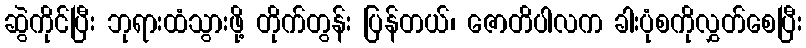
ဆွဲကိုင်ပြီး ဘုရားထံသွားဖို့ တိုက်တွန်း ပြန်တယ်၊ ဇောတိပါလက ခါးပုံစကိုလွှတ်စေပြီး